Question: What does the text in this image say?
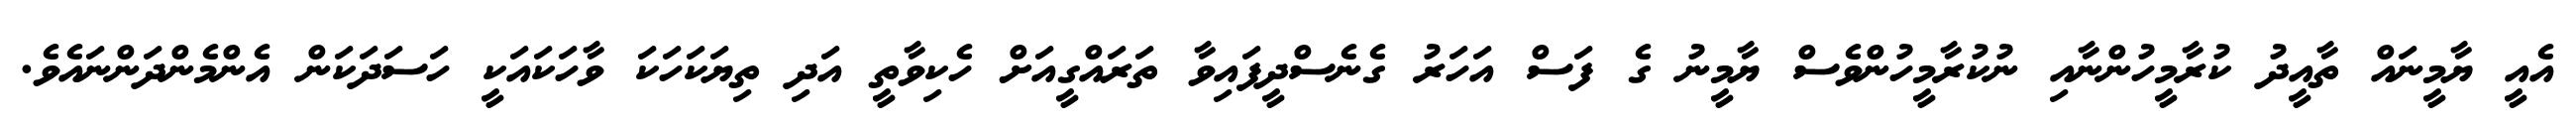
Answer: އެއީ ޔާމީނައް ތާއީދު ކުރާމީހުންނާއި ނުކުރާމީހުންވެސް ޔާމީނު ގެ ފަސް އަހަރު ގެނެސްދީފައިވާ ތަރައްގީއަށް ހެކިވާތީ އަދި ތިޔަކަހަކަ ވާހަކައަކީ ހަސަދަކަން އެންމެންދަންނައެވެ.